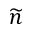
\widetilde { n }